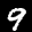
Label: 9